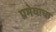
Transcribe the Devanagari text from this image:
प्रमेयाचा